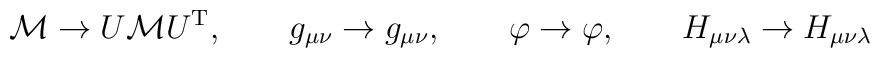
{\cal{M}} \rightarrow U {\cal{M}} U^{\rm T} , \qquad  g_{\mu\nu} \rightarrow g_{\mu\nu} , \qquad \varphi \rightarrow \varphi , \qquad H_{\mu\nu\lambda} \rightarrow H_{\mu\nu\lambda}